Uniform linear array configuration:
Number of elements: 16
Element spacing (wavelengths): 0.5
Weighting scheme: uniform
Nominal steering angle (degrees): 60
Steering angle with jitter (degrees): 59.349
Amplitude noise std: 0.05
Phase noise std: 0.05

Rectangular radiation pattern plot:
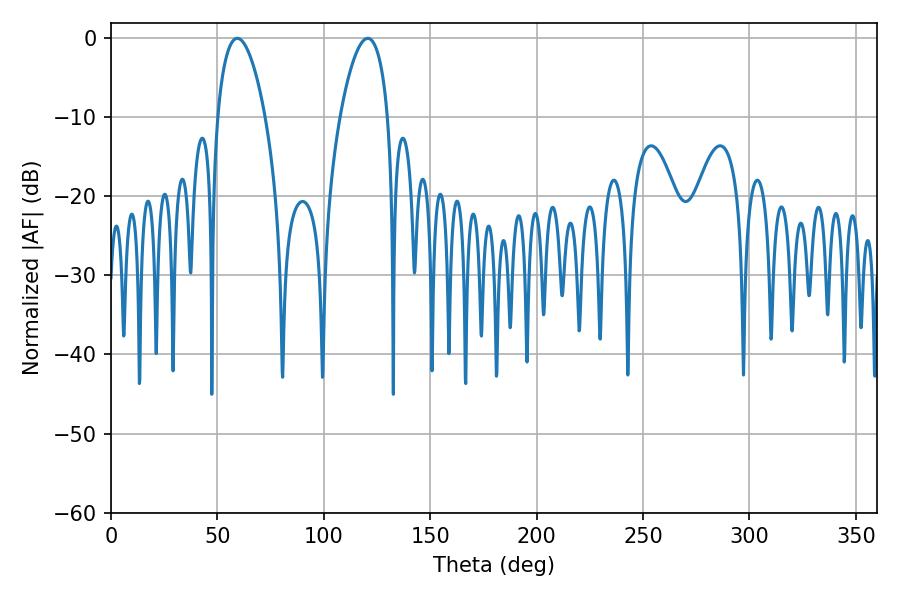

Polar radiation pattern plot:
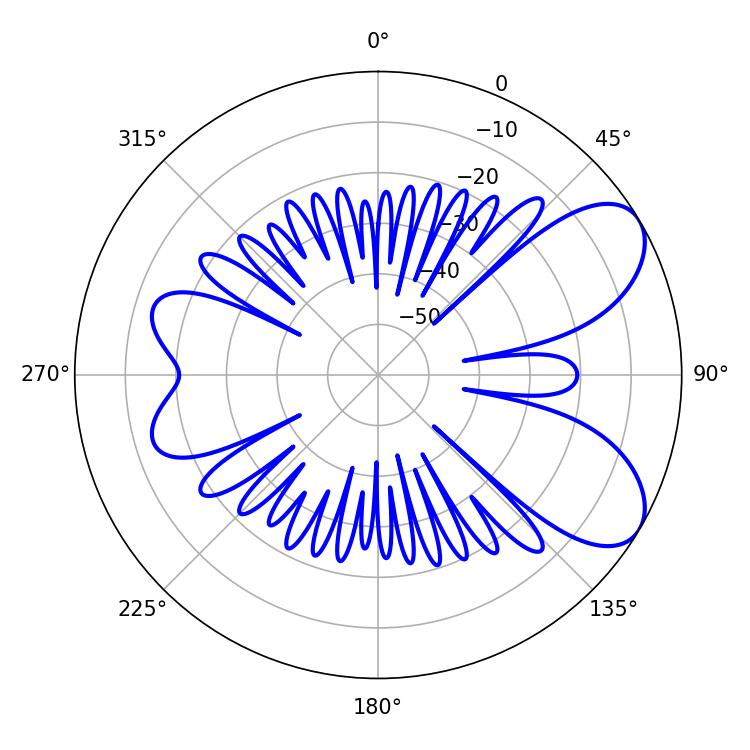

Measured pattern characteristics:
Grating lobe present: FALSE
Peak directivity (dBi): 7.154
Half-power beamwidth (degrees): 12.6
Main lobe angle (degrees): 59.4